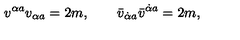
v ^ { \alpha { } a } v _ { \alpha { } a } = 2 m , \qquad \bar { v } _ { \dot { \alpha } { } a } \bar { v } ^ { \dot { \alpha } { } a } = 2 m ,